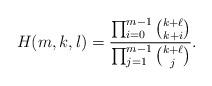
LaTeX: \begin{align*}H(m,k,l)=\frac{\prod_{i=0}^{m-1} \binom{k+\ell}{k+i}}{\prod_{j=1}^{m-1} \binom{k+\ell}{j}}.\end{align*}